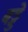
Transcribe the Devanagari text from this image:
बड्डे